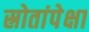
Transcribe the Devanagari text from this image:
स्रोतांपेक्षा